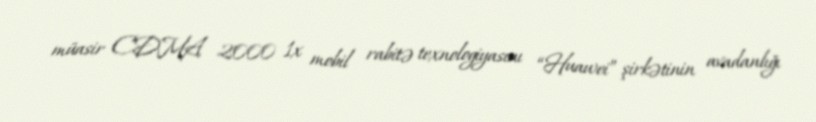
müasir CDMA 2000 1x mobil rabitə texnologiyasını “Huawei” şirkətinin avadanlığı